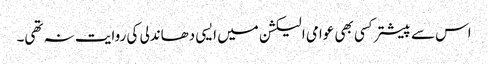
اس سے پیشتر کسی بھی عوامی الیکشن میں ایسی دھاندلی کی روایت نہ تھی۔